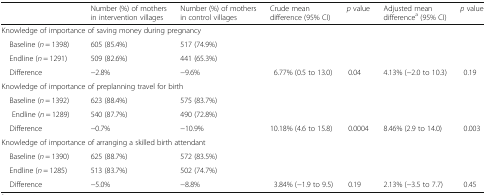
<table><thead><tr><td></td><td></td><td><b>Number (%) of mothers in intervention villages</b></td><td><b>Number (%) of mothers in control villages</b></td><td><b>Crude mean difference (95% CI)</b></td><td><b><i>p</i> value</b></td><td><b>Adjusted mean difference<sup>a</sup> (95% CI)</b></td><td><b><i>p</i> value</b></td></tr></thead><tbody><tr><td colspan="8">Knowledge of importance of saving money during pregnancy</td></tr><tr><td colspan="2"> Baseline (<i>n</i> = 1398)</td><td>605 (85.4%)</td><td>517 (74.9%)</td><td></td><td></td><td></td><td></td></tr><tr><td colspan="2"> Endline (<i>n</i> = 1291)</td><td>509 (82.6%)</td><td>441 (65.3%)</td><td></td><td></td><td></td><td></td></tr><tr><td colspan="2"> Difference</td><td>−2.8%</td><td>−9.6%</td><td>6.77% (0.5 to 13.0)</td><td>0.04</td><td>4.13% (−2.0 to 10.3)</td><td>0.19</td></tr><tr><td colspan="8">Knowledge of importance of preplanning travel for birth</td></tr><tr><td colspan="2"> Baseline (<i>n</i> = 1392)</td><td>623 (88.4%)</td><td>575 (83.7%)</td><td></td><td></td><td></td><td></td></tr><tr><td colspan="2">Endline (<i>n</i> = 1289)</td><td>540 (87.7%)</td><td>490 (72.8%)</td><td></td><td></td><td></td><td></td></tr><tr><td colspan="2"> Difference</td><td>−0.7%</td><td>−10.9%</td><td>10.18% (4.6 to 15.8)</td><td>0.0004</td><td>8.46% (2.9 to 14.0)</td><td>0.003</td></tr><tr><td colspan="8">Knowledge of importance of arranging a skilled birth attendant</td></tr><tr><td colspan="2"> Baseline (<i>n</i> = 1390)</td><td>625 (88.7%)</td><td>572 (83.5%)</td><td></td><td></td><td></td><td></td></tr><tr><td colspan="2"> Endline (<i>n</i> = 1285)</td><td>513 (83.7%)</td><td>502 (74.7%)</td><td></td><td></td><td></td><td></td></tr><tr><td colspan="2"> Difference</td><td>−5.0%</td><td>−8.8%</td><td>3.84% (−1.9 to 9.5)</td><td>0.19</td><td>2.13% (−3.5 to 7.7)</td><td>0.45</td></tr></tbody></table>